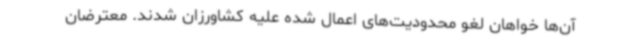
آن‌ها خواهان لغو محدودیت‌های اعمال شده علیه کشاورزان شدند. معترضان